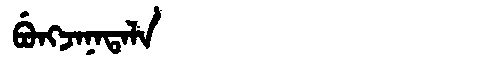
Manchu: ᠪᡠᠩᠵᠠᠨᠠᡨᠠᠯᠠ
Romanization: BUNGJANATALA